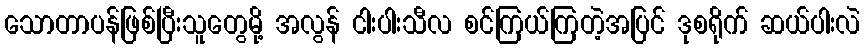
သောတာပန်ဖြစ်ပြီးသူတွေမို့ အလွန် ငါးပါးသီလ စင်ကြယ်ကြတဲ့အပြင် ဒုစရိုက် ဆယ်ပါးလဲ